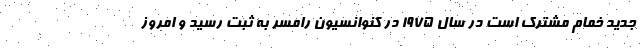
جدید خمام مشترک است در سال ۱۹۷۵ در کنوانسیون رامسر به ثبت رسید و امروز